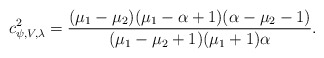
\begin{align*}c^2_{\psi, V,\lambda}=\frac{(\mu_1-\mu_2)(\mu_1-\alpha+1)(\alpha-\mu_2-1)}{(\mu_1-\mu_2+1)(\mu_1+1)\alpha}.\end{align*}